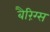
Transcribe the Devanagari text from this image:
बैरिंग्स